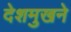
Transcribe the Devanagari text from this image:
देशमुखने